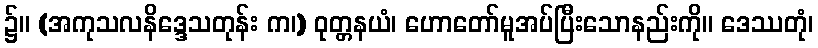
၌။ (အကုသလနိဒ္ဒေသတုန်း က၊) ဝုတ္တနယံ၊ ဟောတော်မူအပ်ပြီးသောနည်းကို။ ဒေဿတုံ၊